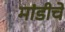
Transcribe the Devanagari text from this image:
मांडीचे